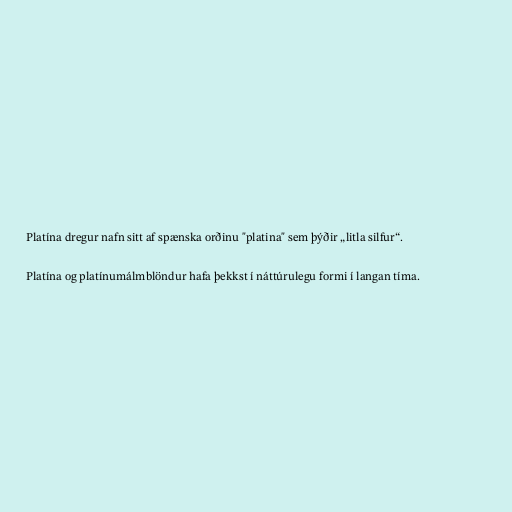
Platína dregur nafn sitt af spænska orðinu "platina" sem þýðir „litla silfur“.

Platína og platínumálmblöndur hafa þekkst í náttúrulegu formi í langan tíma.